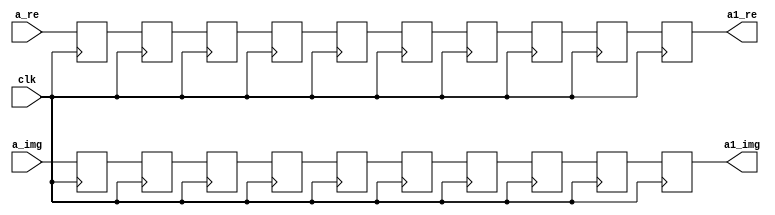
`timescale 1ns / 1ps
//////////////////////////////////////////////////////////////////////////////////
// Company: 
// Engineer: 
// 
// Design Name: 
// Module Name:    buf24 
// Project Name: 
// Target Devices: 
// Tool versions: 
// Description: 
//
// Dependencies: 
//
// Revision: 
// Revision 0.01 - File Created
// Additional Comments: 
//
//////////////////////////////////////////////////////////////////////////////////
module buf24(
    input [31:0] a_re,
    input [31:0] a_img,
    input clk,
    output reg [31:0] a1_re,
    output reg [31:0] a1_img
    );

reg [31:0] n [0:8];
reg [31:0] n1 [0:8];	
always @(posedge clk) begin
n[0]<=a_re;
n[1]<=n[0];
n[2]<=n[1];
n[3]<=n[2];
n[4]<=n[3];
n[5]<=n[4];
n[6]<=n[5];
n[7]<=n[6];
n[8]<=n[7];
a1_re<=n[8];
n1[0]<=a_img;
n1[1]<=n1[0];
n1[2]<=n1[1];
n1[3]<=n1[2];
n1[4]<=n1[3];
n1[5]<=n1[4];
n1[6]<=n1[5];
n1[7]<=n1[6];
n1[8]<=n1[7];
a1_img<=n1[8];
end

endmodule